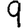
Digit: 9